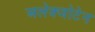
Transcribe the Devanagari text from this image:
अलेक्जोटेन